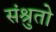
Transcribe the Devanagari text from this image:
संश्रुतो